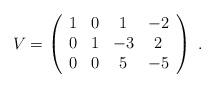
LaTeX: \begin{align*} V=\left( \begin{array}{cccc} 1 & 0 & 1 & -2 \\ 0 & 1 & -3 & 2 \\ 0 & 0 & 5 & -5 \\ \end{array} \right)\ .\end{align*}